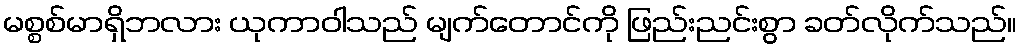
မစ္စစ်မာရှိဘလား ယုကာဝါသည် မျက်တောင်ကို ဖြည်းညင်းစွာ ခတ်လိုက်သည်။